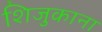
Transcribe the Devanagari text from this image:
शिजुकाना